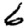
Digit: 6